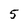
Character: 5